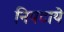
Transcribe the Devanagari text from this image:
निपटाये